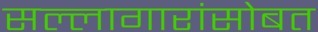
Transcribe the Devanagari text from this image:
सल्लागारांसोबत